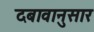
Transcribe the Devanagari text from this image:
दबावानुसार